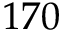
1 7 0